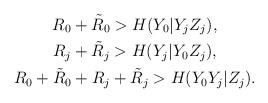
LaTeX: \begin{align*} \begin{gathered}R_{0} + \tilde{R}_{0} > H(Y_{0}|Y_{j}Z_{j}), \\R_{j} + \tilde{R}_{j} > H(Y_{j}|Y_{0}Z_{j}), \\R_{0} + \tilde{R}_{0} + R_{j} + \tilde{R}_{j} > H(Y_{0}Y_{j}|Z_{j}). \\\end{gathered}\end{align*}